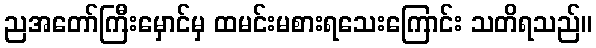
ညအတော်ကြီးမှောင်မှ ထမင်းမစားရသေးကြောင်း သတိရသည်။